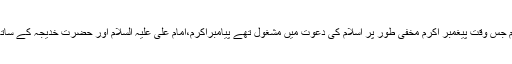
اسلام کے ابتدائی ایام جس وقت پیغمبر اکرم مخفی طور پر اسلام کی دعوت میں مشغول تھے پیامبراکرم،امام علی علیہ السلام اور حضرت خدیجہ کے ساتھ نماز پڑھتے تھے۔